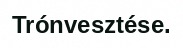
Trónvesztése.